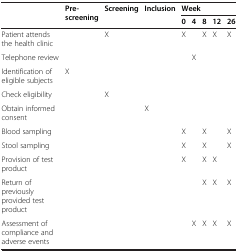
<table><thead><tr><td><b> </b></td><td rowspan="2"><b>Pre-screening</b></td><td rowspan="2"><b>Screening</b></td><td rowspan="2"><b>Inclusion</b></td><td colspan="5"><b>Week</b></td></tr><tr><td><b> </b></td><td><b>0</b></td><td><b>4</b></td><td><b>8</b></td><td><b>12</b></td><td><b>26</b></td></tr></thead><tbody><tr><td>Patient attends the health clinic</td><td> </td><td>X</td><td> </td><td>X</td><td> </td><td>X</td><td>X</td><td>X</td></tr><tr><td>Telephone review</td><td> </td><td> </td><td> </td><td> </td><td>X</td><td> </td><td> </td><td> </td></tr><tr><td>Identification of eligible subjects</td><td>X</td><td> </td><td> </td><td> </td><td> </td><td> </td><td> </td><td> </td></tr><tr><td>Check eligibility</td><td> </td><td>X</td><td> </td><td> </td><td> </td><td> </td><td> </td><td> </td></tr><tr><td>Obtain informed consent</td><td> </td><td> </td><td>X</td><td> </td><td> </td><td> </td><td> </td><td> </td></tr><tr><td>Blood sampling</td><td> </td><td> </td><td> </td><td>X</td><td> </td><td>X</td><td> </td><td>X</td></tr><tr><td>Stool sampling</td><td> </td><td> </td><td> </td><td>X</td><td> </td><td>X</td><td> </td><td>X</td></tr><tr><td>Provision of test product</td><td> </td><td> </td><td> </td><td>X</td><td> </td><td>X</td><td>X</td><td> </td></tr><tr><td>Return of previously provided test product</td><td> </td><td> </td><td> </td><td> </td><td> </td><td>X</td><td>X</td><td>X</td></tr><tr><td>Assessment of compliance and adverse events</td><td> </td><td> </td><td> </td><td> </td><td>X</td><td>X</td><td>X</td><td>X</td></tr></tbody></table>